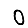
Digit: 0